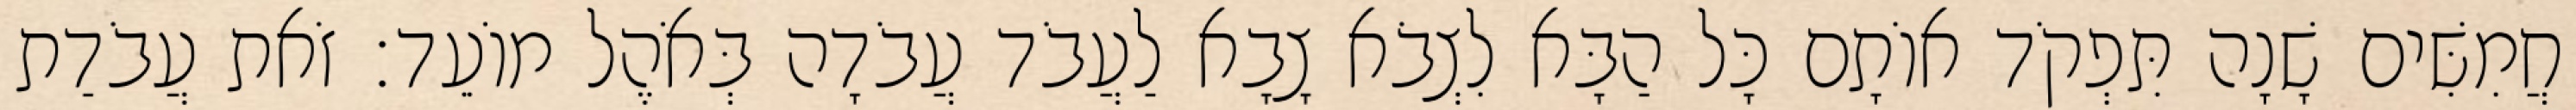
חֲמִשִּׁים שָׁנָה תִּפְקֹד אוֹתָם כָּל הַבָּא לִצְבֹא צָבָא לַעֲבֹד עֲבֹדָה בְּאֹהֶל מוֹעֵד׃ זֹאת עֲבֹדַת